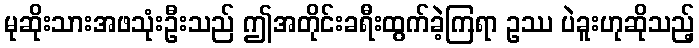
မုဆိုးသားအဖသုံးဦးသည် ဤအတိုင်းခရီးထွက်ခဲ့ကြရာ ဥဿ ပဲခူးဟုဆိုသည့်